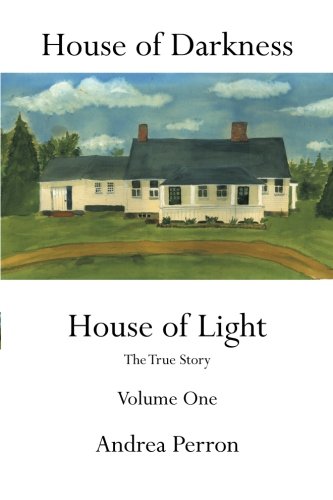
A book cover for House of Darkness: House of Light- The True Story, Vol. 1; Andrea Perron; Biographies & Memoirs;